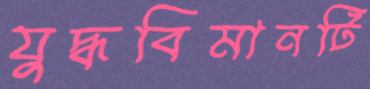
যুদ্ধবিমানটি